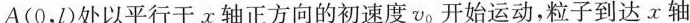
A(0，l)处以平行于τ轴正方向的初速度v_{0}开始运动，粒子到达x轴